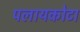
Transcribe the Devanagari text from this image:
पलायकोटा